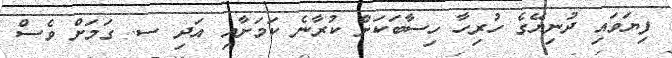
ފިޔަވައި ދުނިޔޭގެ ހުރިހާ ހިސާބަކަށް ކުރާނެ ކަމަށާއި އަދި ސ. ގަމަށް ވެސް